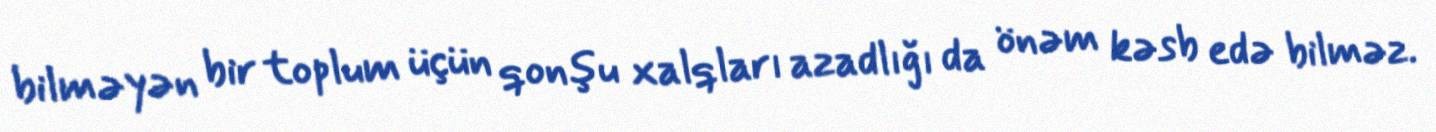
bilməyən bir toplum üçün qonşu xalqları azadlığı da önəm kəsb edə bilməz.